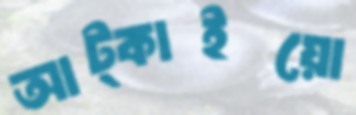
আট্‌কাইয়ো